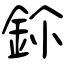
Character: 鉩